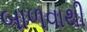
બાળવાથી